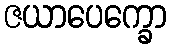
ဇယာပေက္ခော